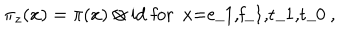
\pi _ { z } ( x ) = \pi ( x ) \otimes \mathrm { i d } \mathrm { ~ f o r ~ x = e _ { 1 } , f _ { 1 } , t _ { 1 } , t _ { 0 } ~ } ,